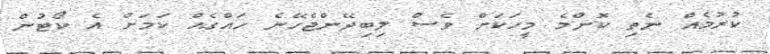
ކުރުމެއް ނެތި ކޮންމެ މީހަކަށް ވެސް ލިބިދޭންޖެހޭނެ ހައްގެއް ކަމަށް އެ ކޯޓުން